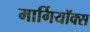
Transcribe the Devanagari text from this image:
मार्गियॉक्स